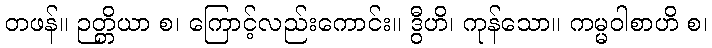
တဖန်။ ဉတ္တိယာ စ၊ ကြောင့်လည်းကောင်း။ ဒွီဟိ၊ ကုန်သော။ ကမ္မဝါစာဟိ စ၊